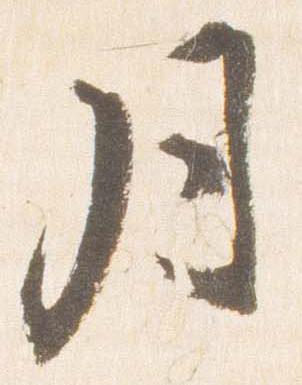
月